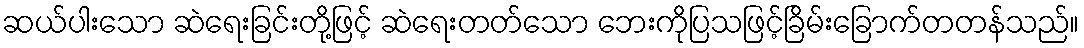
ဆယ်ပါးသော ဆဲရေးခြင်းတို့ဖြင့် ဆဲရေးတတ်သော ဘေးကိုပြသဖြင့်ခြိမ်းခြောက်တတန်သည်။